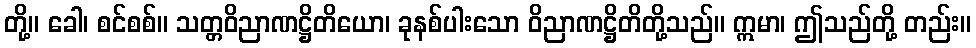
တို့။ ခေါ၊ စင်စစ်။ သတ္တဝိညာဏဋ္ဌိတိယော၊ ခုနစ်ပါးသော ဝိညာဏဋ္ဌိတိတို့သည်။ ဣမာ၊ ဤသည်တို့ တည်း။